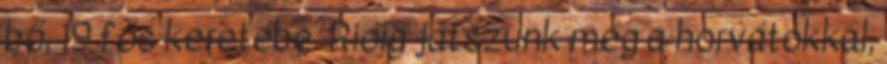
bő, 19 fős keretébe. Rióig játszunk még a horvátokkal,